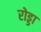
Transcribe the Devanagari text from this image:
रोड्डा